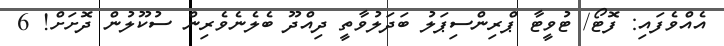
އެއްވެފައި: ފޮޓޯ/ ޓުވީޓާ ޕްރިންސިޕަލު ބަދަލުވާތީ ދިއްދޫ ބެލެނެވެރިން ސުކޫލުން ދޮށަށް! 6